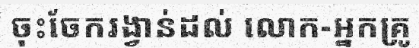
ចុះចែករង្វាន់ដល់ លោក-អ្នកគ្រូ